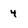
Character: 4